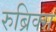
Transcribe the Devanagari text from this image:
रुब्रिक्स